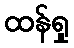
ထန်ရှု